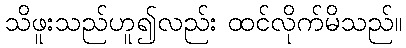
သိဖူးသည်ဟူ၍လည်း ထင်လိုက်မိသည်။